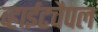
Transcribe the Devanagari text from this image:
व्हाईटचैपल